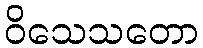
ဝိသေသတော